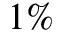
1 \%